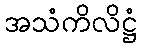
အသံကိလိဋ္ဌံ